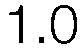
1.0